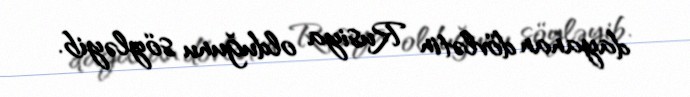
dayanan dövlətin Rusiya olduğunu söyləyib.